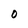
Character: 0